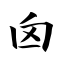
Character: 囟